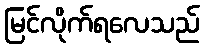
မြင်လိုက်ရလေသည်